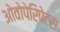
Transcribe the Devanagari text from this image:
ओवोपेरिपेटस